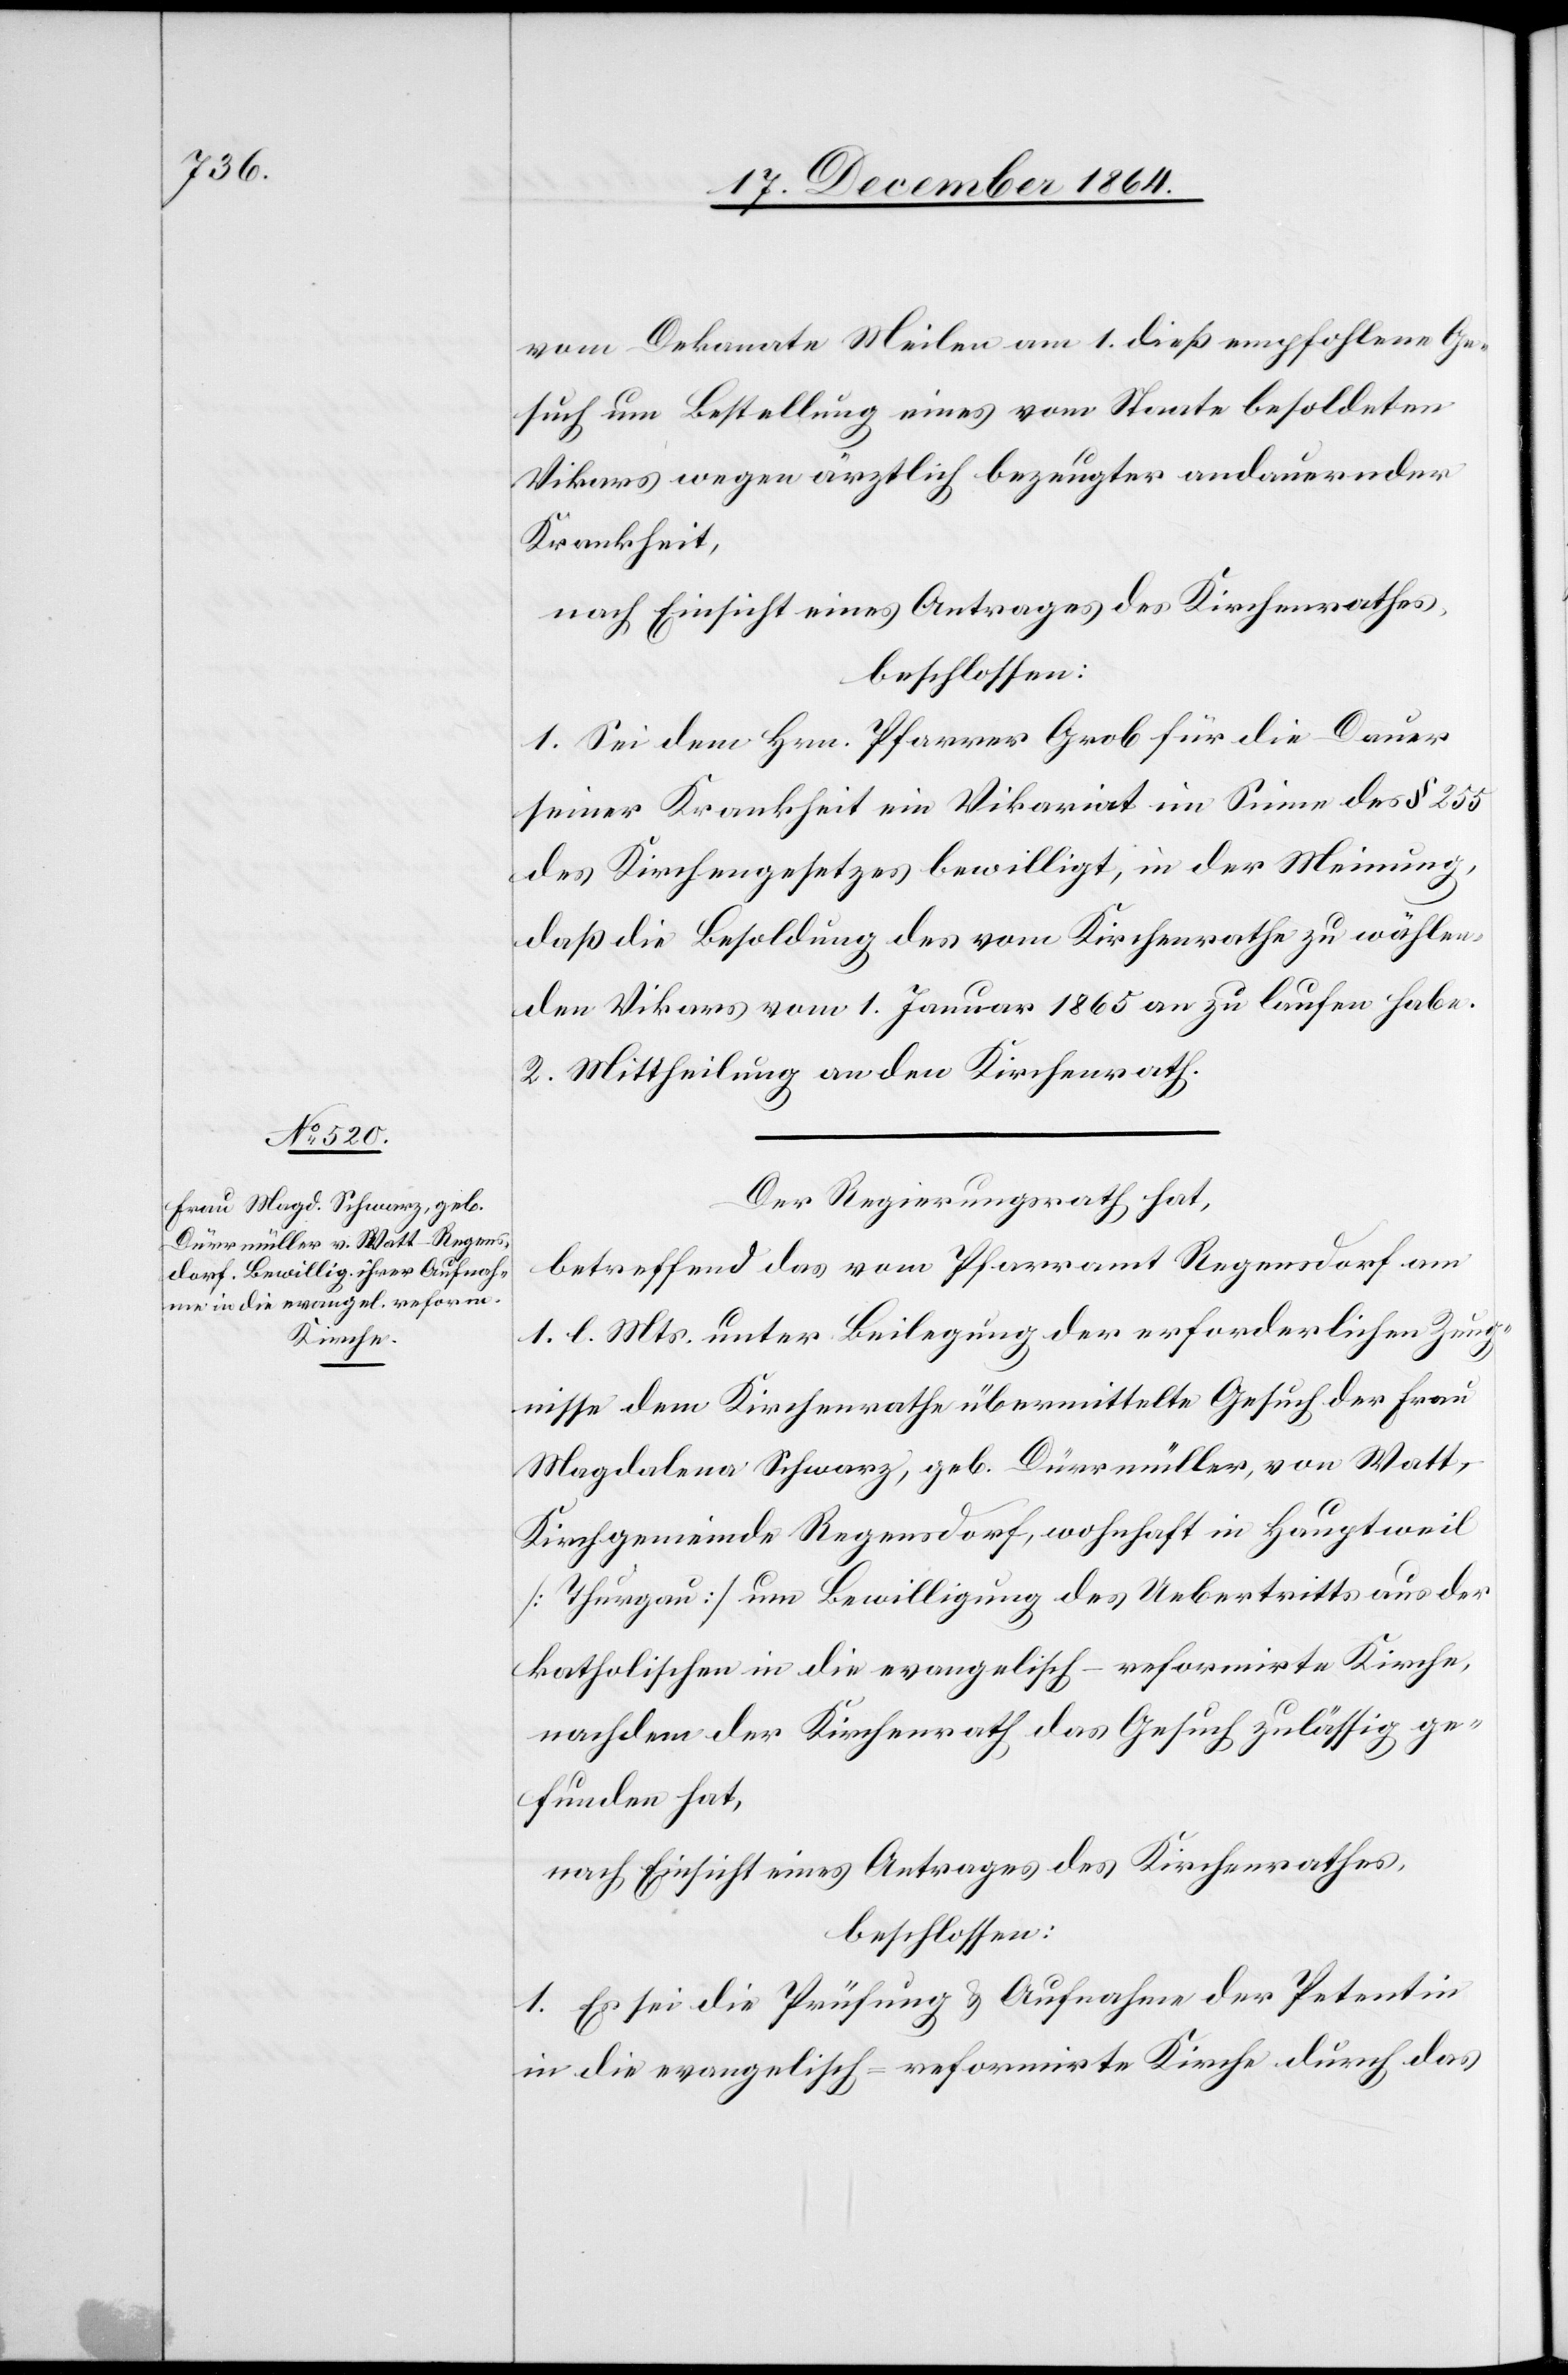
vom Dekanate Meilen am 1. dieß empfohlene Ge¬
such um Bestellung eines vom Staate besoldeten
Vikars wegen ärztlich bezeugter andauernder
Krankheit,
nach Einsicht eines Antrages des Kirchenrathes,
beschlossen:
1. Sei dem Hrn. Pfarrer Grob für die Dauer
seiner Krankheit ein Vikariat im Sinne des § 255
des Kirchengesetzes bewilligt, in der Meinung,
daß die Besoldung des vom Kirchenrathe zu wählen¬
den Vikars vom 1. Januar 1865 an zu laufen habe.
2. Mittheilung an den Kirchenrath.
Der Regierungsrath hat,
betreffend das vom Pfarramt Regensdorf am
1. l. Mts. unter Beilegung der erforderlichen Zeug¬
nisse dem Kirchenrathe übermittelte Gesuch der Frau
Magdalena Schwarz, geb. Dürrmüller, von Watt,
Kirchgemeinde Regensdorf, wohnhaft in Hauptweil
[Thurgau] um Bewilligung des Uebertritts aus der
katholischen in die evangelisch-reformirte Kirche,
nachdem der Kirchenrath das Gesuch zulässig ge¬
funden hat,
nach Einsicht eines Antrages des Kirchenrathes,
beschlossen:
1. Es sei die Prüfung & Aufnahme der Petentin
in die evangelisch-reformirte Kirche durch das